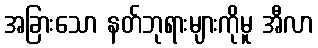
အခြားသော နတ်ဘုရားများကိုမူ အီလာ